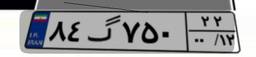
۸۴گ۷۵۰۲۲